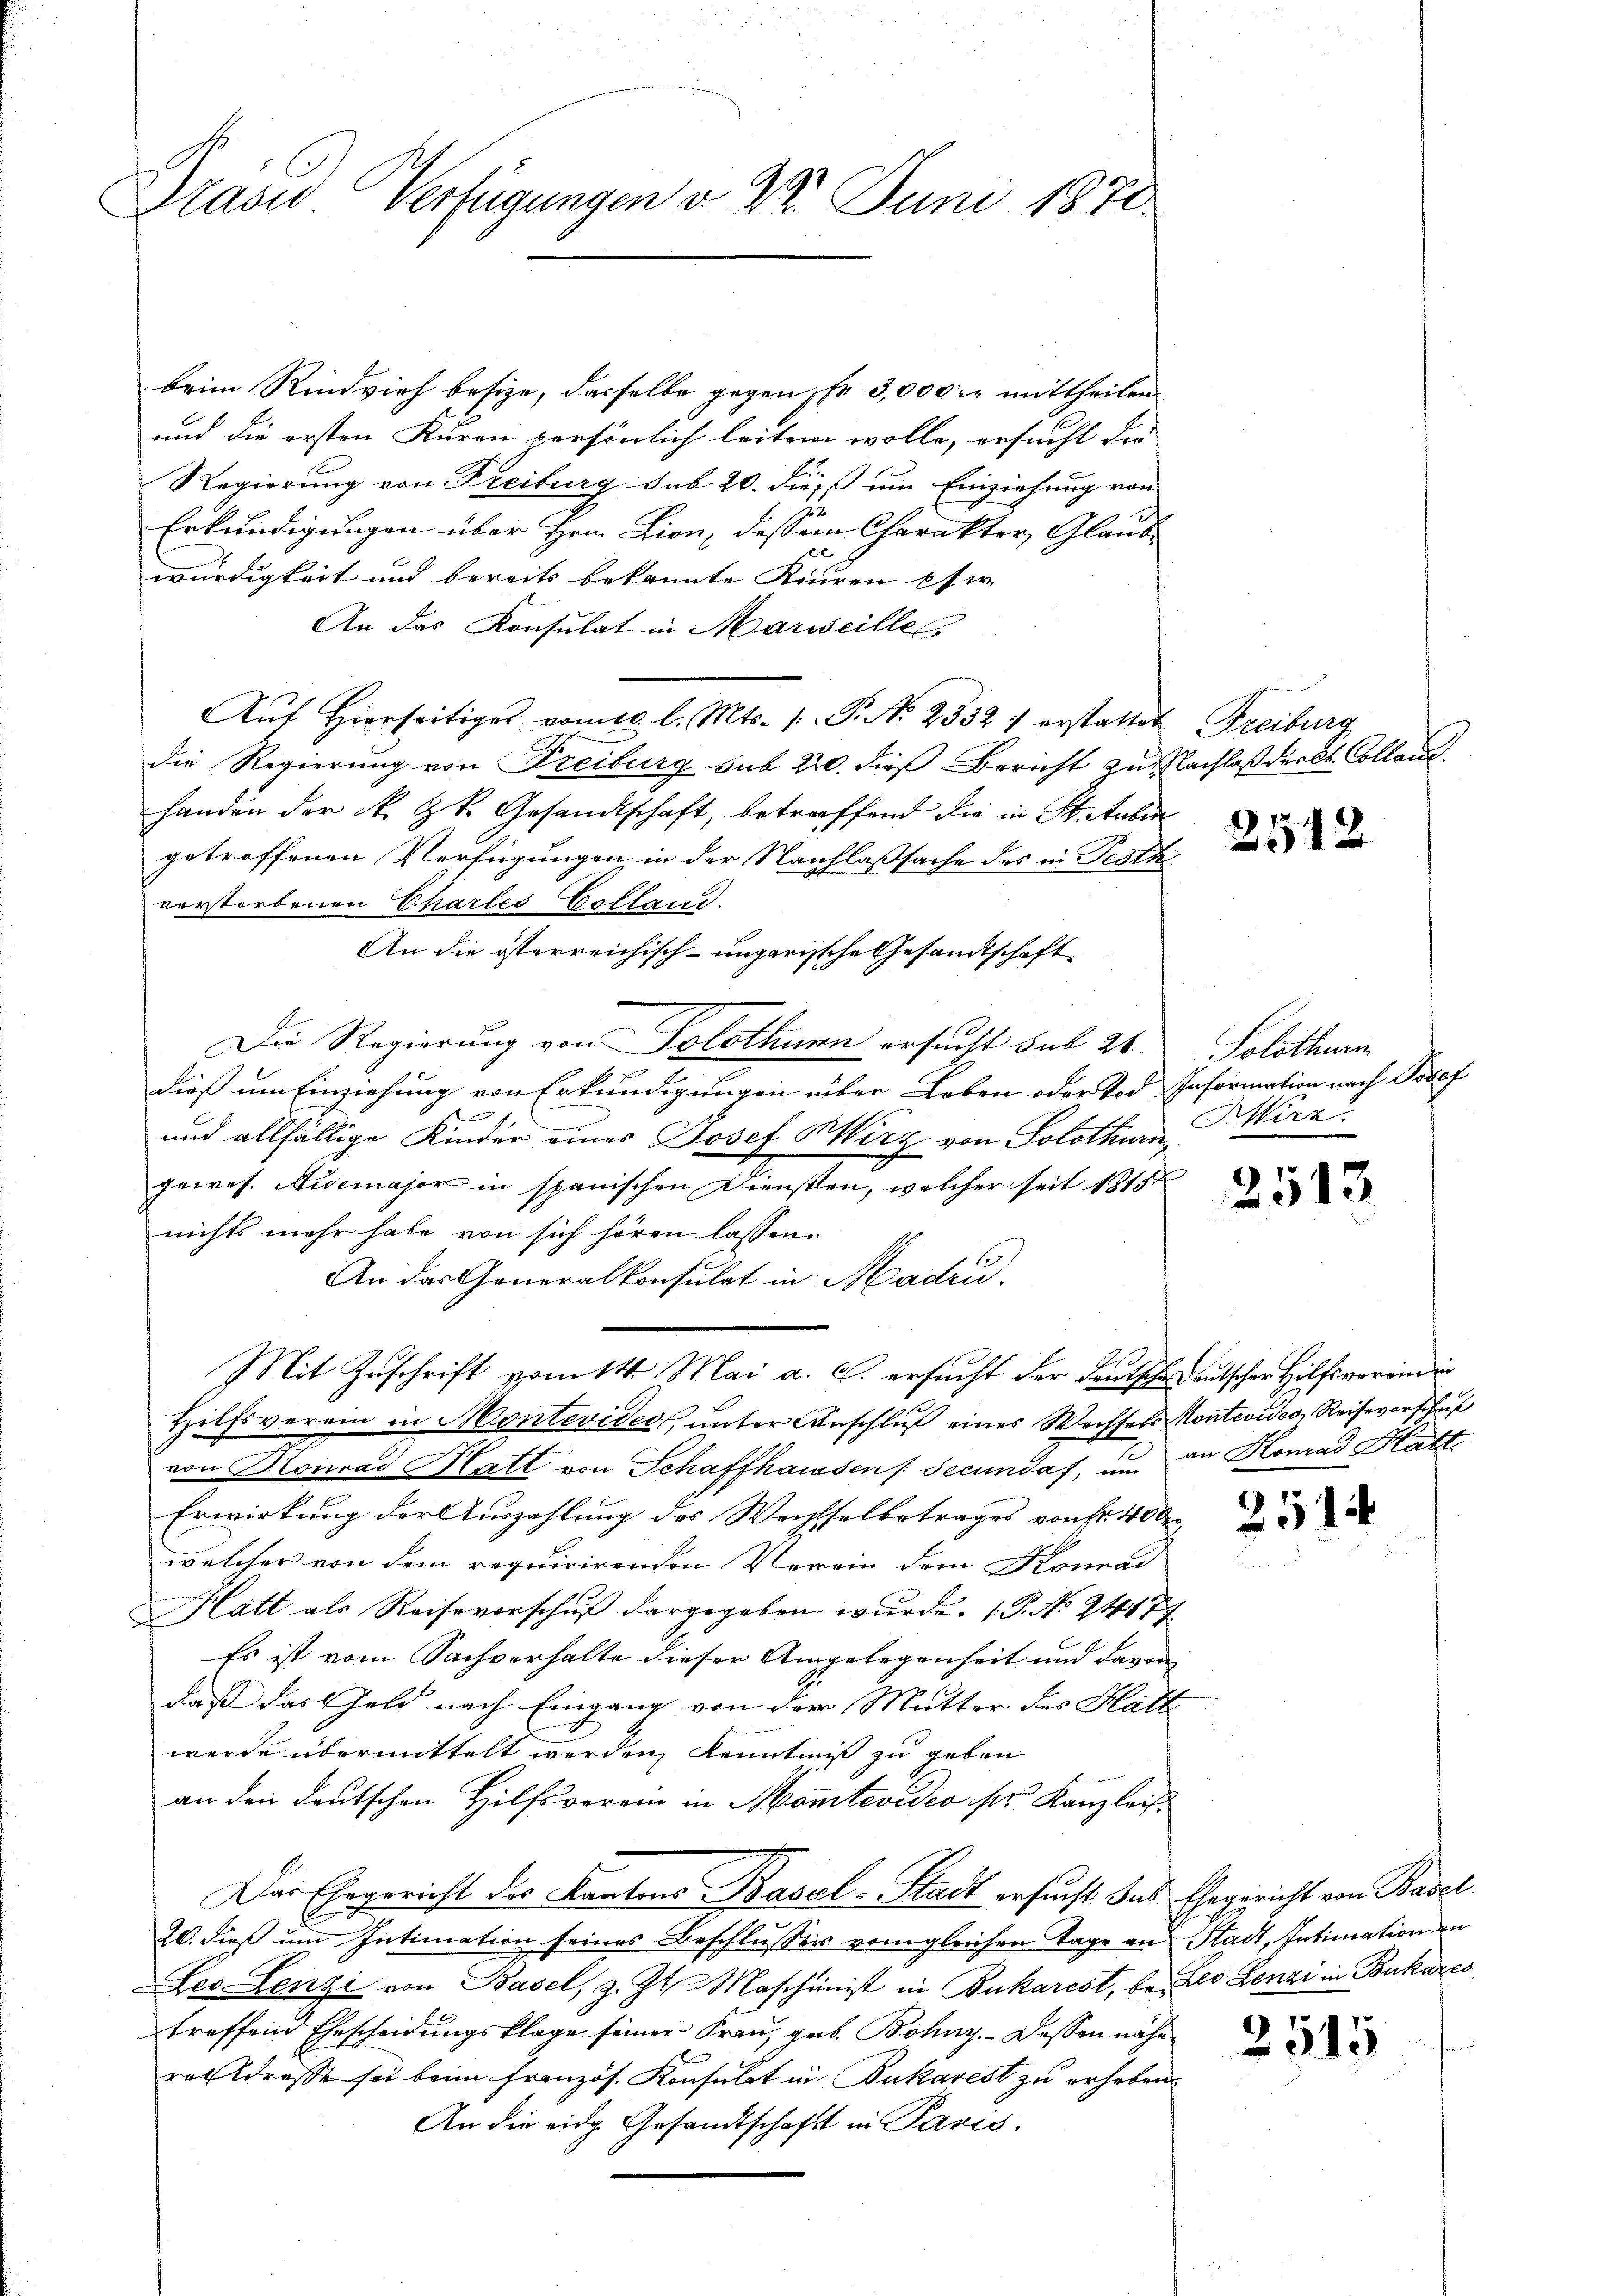
Präsid Verfügungen v. 22. Juni 1870

beim Rindvieh besize, dasselbe gegen pr 3,000 M. mittheilen
und die ersten Kuren persönlich leiten wolle, ersucht die
Regierung von Freiburg sub 20. dieß um Einziehung von
Erkundigungen über Hrn. Lion, dessen Charakter, Glaub-
würdigkeit und bereits bekannte Kieren pfer
An das Konsulat in Marseille
Aŭf Hierseitiges vom 10. l. Mts. 1. P. N. 2332 f erstattet Freiburg
die Regierung von Freiburg sub 220. dieß Bericht zu Nachlaß der St. Collane.
handen der k. k. Gesandtschaft, betreffend die in St. Aubin
getroffenen Verfügungen in der Nachlaßsache des in Festk
verstorbenen Chartes Colland.
An die österreichisch-ungarische Gesandtschaft
Die Regierung von Solothurn ersucht sub 21. Solothurn
dieß um Einziehung von Erkundigungen über Leben oder Tod Information nach Josef
e
.
und allfällige Kinder eines Josef Wirz von Solothur Hirz
gewes. Aidemajor in spanischen Diensten, welcher seit 1815
nichts mehr habe von sich hören lassen.
An das Generalkonsulat in Madri
Mit Zuschrift vom 14. Mai a. c. ersucht der Deutscheideutscher Hilfsverein in
Hilfsverein in Montevides, unter Anschluß eines Wechsels Montevides, Reisevorschaf
von Konrad Hatt von Schaffhausen Secundaf, um an Konrad Hatt.
Erwirkung der Auszahlung des Wechselbetrages von Fr. 40 der
welcher von dem requirirenden Verein dem Konrad
Hatt als Reisevorschuß dargegeben wurde. (T. No 24477
Es ist vom Sachverhalte dieser Angelegenheit und davon
daß das Geld nach Eingang von der Mutter des Hatt
werde übermittelt werden, Kenntniß zu geben
an den deutschen Hilfsverein in Montevideo pr. Kanzleis
Der Ehegericht der Kantons Basel-Stadt ersucht das Ehegericht von Basel
C
20. dieß um Intimation seines Beschlussers vom gleichen Tage an Stadt, Intimation an
Les-Lenzi von Basel, z. Zt. Maschinist in Bukarest, bei Leo Lenzi in Baukares
treffend Ehescheidungsklage seiner Frau, geb. Bohny. - Dessen nähe
reldresse sei beim französ. Konsulat in Bukarest zu erheben.
An die eidg Gesandtschaft in Paris.

2512

2543

251

2515